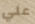
علي